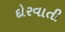
દોરવાતી